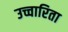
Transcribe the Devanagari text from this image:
उच्चारिता